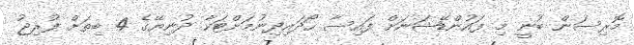
މޮރިސަން ބުނީ މި ފައުންޑޭޝަނަށް ފައިސާ ހޯދައިދިނުމަށްޓަކާ ދުނިޔޭގެ 4 ބިތަށް ފުރިޖު